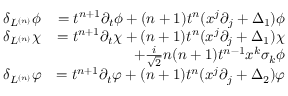
\begin{array} { r l r } & { \delta _ { L ^ { ( n ) } } \phi } & { = t ^ { n + 1 } \partial _ { t } \phi + ( n + 1 ) t ^ { n } ( x ^ { j } \partial _ { j } + \Delta _ { 1 } ) \phi } \\ & { \delta _ { L ^ { ( n ) } } \chi } & { = t ^ { n + 1 } \partial _ { t } \chi + ( n + 1 ) t ^ { n } ( x ^ { j } \partial _ { j } + \Delta _ { 1 } ) \chi } \\ & { \qquad } & { \qquad \qquad + \frac { i } { \sqrt { 2 } } n ( n + 1 ) t ^ { n - 1 } x ^ { k } \sigma _ { k } \phi } \\ & { \delta _ { L ^ { ( n ) } } \varphi } & { = t ^ { n + 1 } \partial _ { t } \varphi + ( n + 1 ) t ^ { n } ( x ^ { j } \partial _ { j } + \Delta _ { 2 } ) \varphi } \end{array}